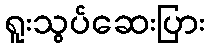
ရူးသွပ်ဆေးပြား